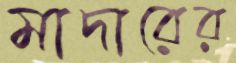
মাদারের